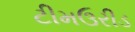
ટીમઉરીડ